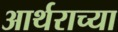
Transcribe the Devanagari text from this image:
आर्थराच्या